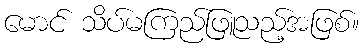
မောင် သိပ်မကြည်ဖြူသည့်အဖြစ်။